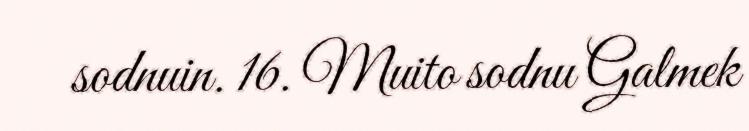
sodnuin. 16. Muito sodnu Galmek